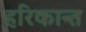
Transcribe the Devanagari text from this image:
हरिकान्त